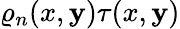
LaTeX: \varrho_{n}(x,\mathbf{y})\tau(x,\mathbf{y})